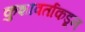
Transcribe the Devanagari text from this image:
कुशावर्ताकडून